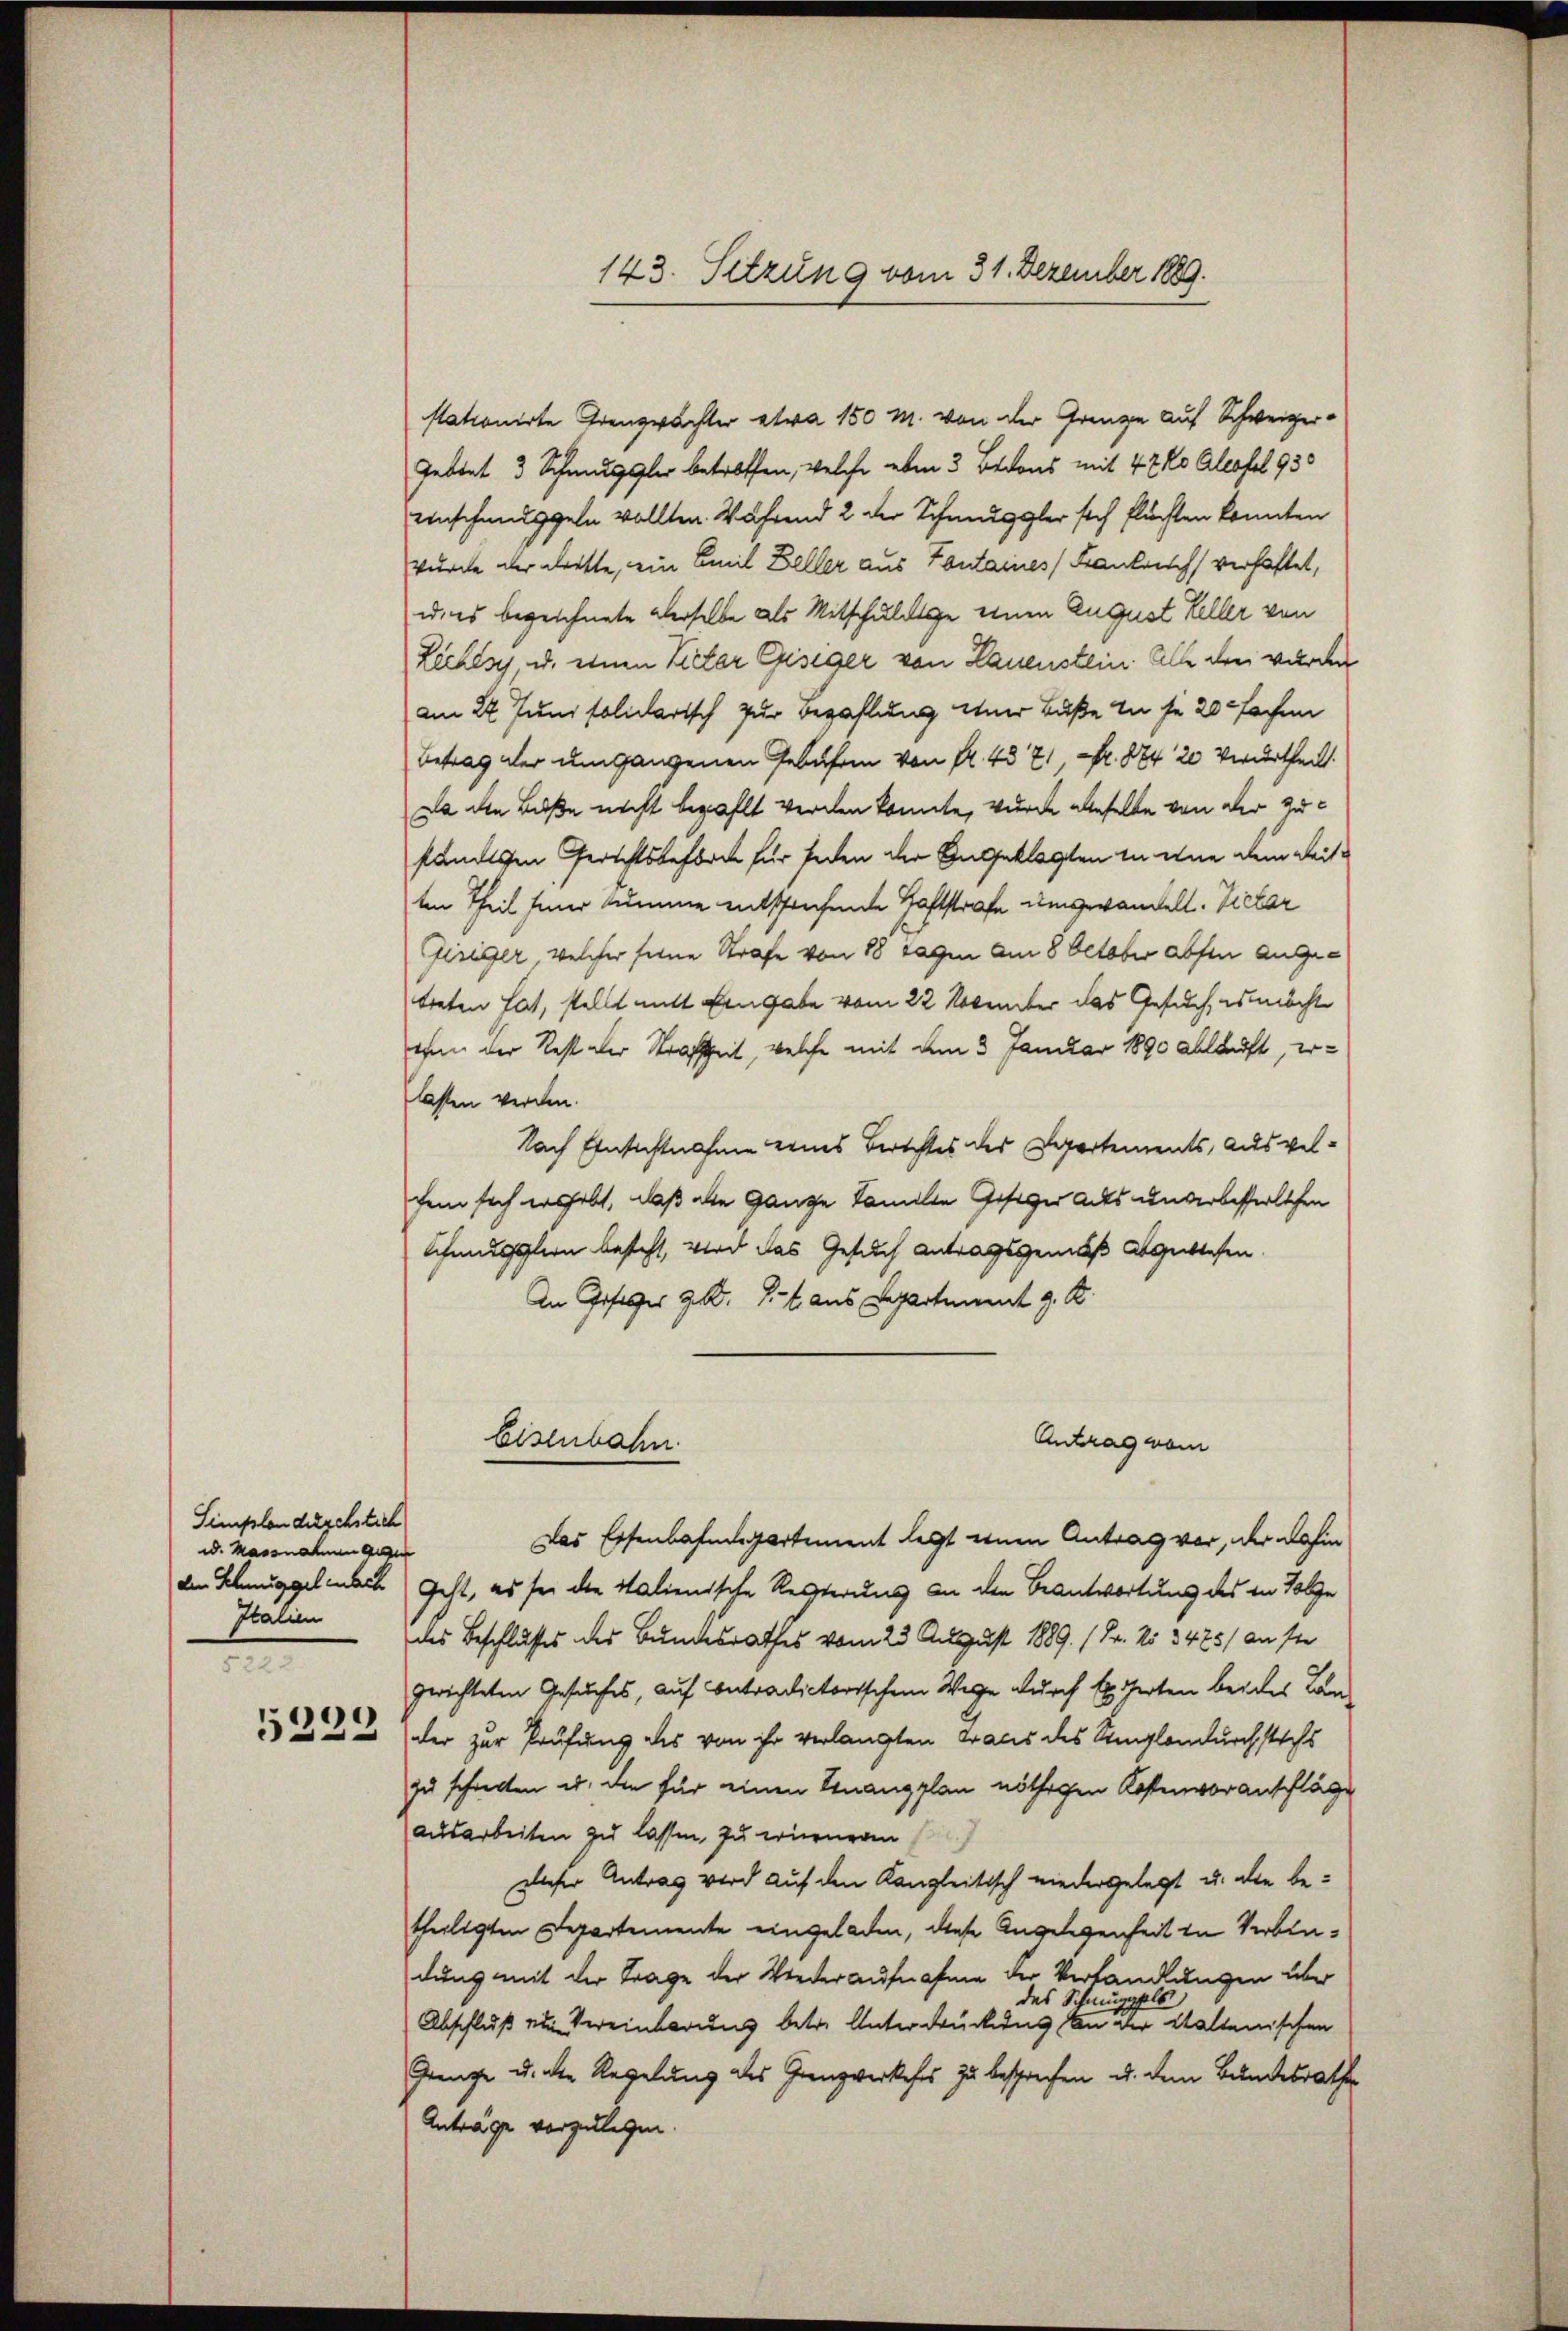
Simplonderschstich
w. Massnahmen ge
Italien
f
)

526.

stationirte Grenzwachter etwa 150 M. von der Grenze auf Schweizer-
Gebet 3 Schmuggler betroffen, welche eben 3 Betons mit 42 Ko Alessel 930
Unschmuggeln wollten. Während 2 der Schmuggler sich flüchten konnten
wurde der dritte, ein Emil Beller aus Fontaines Frankreich verhaftet,
ui es bezeichnete derselbe als Mitschuldige einen August Keller von
Lechlsy, u. einen Victor Giseger von Lauenstein Alle drei wurden
am 22. Juni solidarisch zur Bezahlung einer Buße in je 20 Fachen
Betrag der Umgangenen Gebühren von fl. 437, Fr. 824 20 Verurtheilt.
Da die Buße nicht bezahlt werden konnte, wurde aberselbe von der Zusämtlichen Gerichtsbehörde für jeden der Angeklagten in eine dem Reitten Theil seiner Summe entsprechende Haftstrafe umgewandelt. Vieler
Gisiger, welcher seine Strafe von 88 Tagen am 8 October absen angetreten hat, stellt mit Eingabe vom 22 November das Gesuch, es macht
ehen der Rest der Strafzeit, welche mit dem 3 Januar 1890 ablauft, erlasten werden.
Nach Einsichtnahme eines Berichtes des Departements, ausgelchem sich erhebt, daß alle Ganze Familie Gesiger als unterbesserlichen
Schmugglern besteht, wird das Gesuch Antragsgemäß abgelesen.
An Geseler zit. St. aus Departement z. B.
Antrag vom
Eisenbahn
Das Eisenbahndepartement legt einen Antrag vor, der dahin
den Schmuggelach geht, es sei die Italienische Resterung an den Beantwortung des in Folge
des Beschlusses des Bundesrathes vom 23. August 1889. / Fr. No 3425/ an ste
gerichteten Gesuches, auf Contradictorischem Wege durch Experten beider Lan
der zur Prüfung des von ihr verlangten Graus des Siglandurch stechs
zu schritten u. den für einen Finanzplan nöthigen Kostenvoranschläge
ausarbeiten zu lassen, zu erinneren
dieser Antrag wird auf den Kanzleitisch niedergelegt u. die betheiligten Departemente eingeladen, diese Angelegenheit in Verbindung mit der Trage der Wiederaufnahme der Verhandlungen über
das Schmuggels
Abschluß zu Vereinbarung betr. Unterdrückung an der Stattenischen
Grenze u. der Regelung des Grenzverkehrs zu besprechen u. dem Bundesrathe
Anträge vorzulegen.

143. Sitzung vom 31. Dezember 1889.